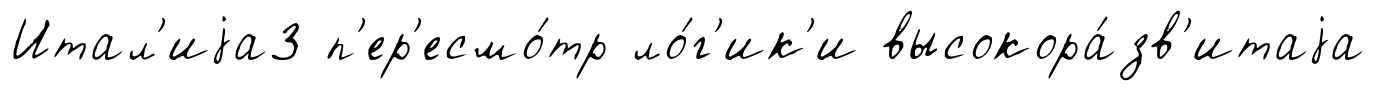
Итал'иjа3 п'ер'есмо́тр ло́г'ик'и высокора́зв'итаjа